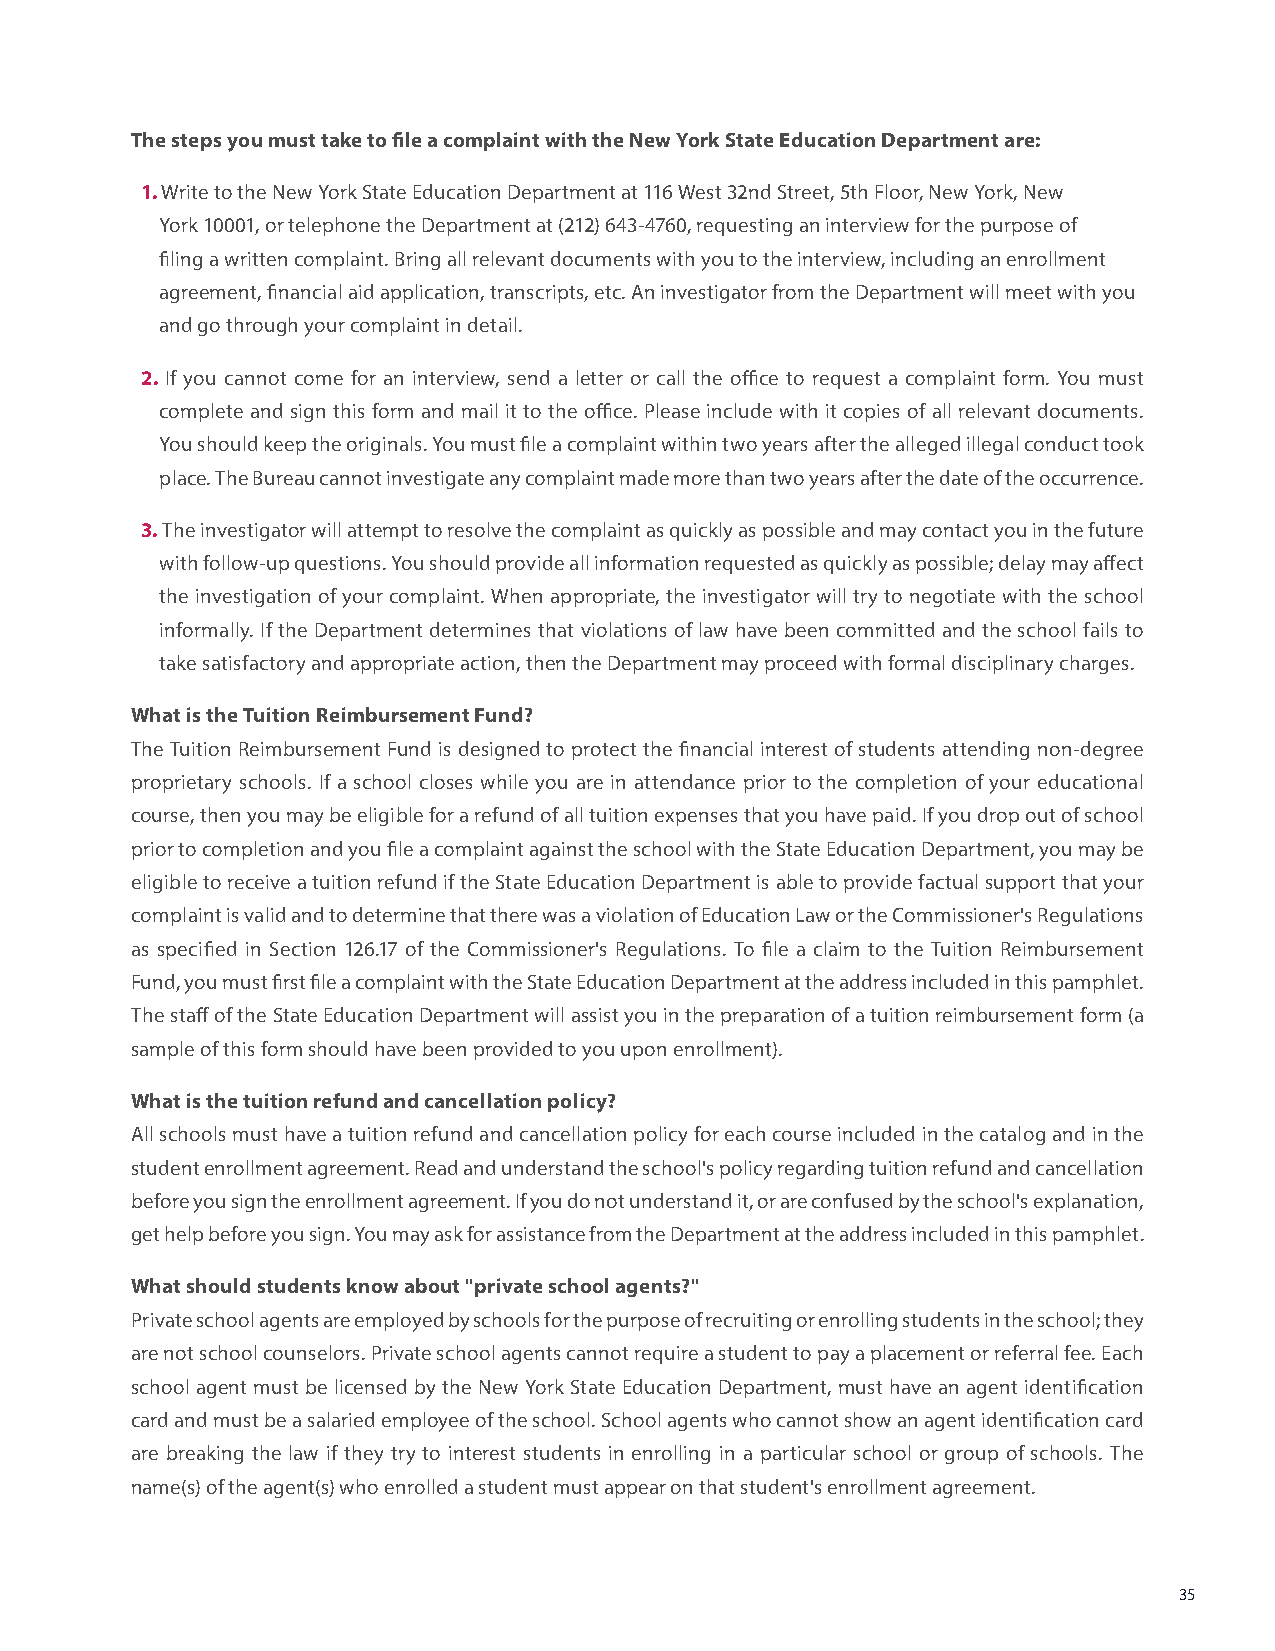
The steps you must take to file a complaint with the New York State Education Department are:
 1. Write to the New York State Education Department at 116 West 32nd Street, 5th Floor, New York, New
 York 10001, or telephone the Department at (212) 643-4760, requesting an interview for the purpose of
 filing a written complaint. Bring all relevant documents with you to the interview, including an enrollment
 agreement, financial aid application, transcripts, etc. An investigator from the Department will meet with you
 and go through your complaint in detail.
 2. If you cannot come for an interview, send a letter or call the office to request a complaint form. You must
 complete and sign this form and mail it to the office. Please include with it copies of all relevant documents.
 You should keep the originals. You must file a complaint within two years after the alleged illegal conduct took
 place. The Bureau cannot investigate any complaint made more than two years after the date of the occurrence.
 3. The investigator will attempt to resolve the complaint as quickly as possible and may contact you in the future
 with follow-up questions. You should provide all information requested as quickly as possible; delay may affect
 the investigation of your complaint. When appropriate, the investigator will try to negotiate with the school
 informally. If the Department determines that violations of law have been committed and the school fails to
 take satisfactory and appropriate action, then the Department may proceed with formal disciplinary charges.
 What is the Tuition Reimbursement Fund?
 The Tuition Reimbursement Fund is designed to protect the financial interest of students attending non-degree
 proprietary schools. If a school closes while you are in attendance prior to the completion of your educational
 course, then you may be eligible for a refund of all tuition expenses that you have paid. If you drop out of school
 prior to completion and you file a complaint against the school with the State Education Department, you may be
 eligible to receive a tuition refund if the State Education Department is able to provide factual support that your
 complaint is valid and to determine that there was a violation of Education Law or the Commissioner's Regulations
 as specified in Section 126.17 of the Commissioner's Regulations. To file a claim to the Tuition Reimbursement
 Fund, you must first file a complaint with the State Education Department at the address included in this pamphlet.
 The staff of the State Education Department will assist you in the preparation of a tuition reimbursement form (a
 sample of this form should have been provided to you upon enrollment).
 What is the tuition refund and cancellation policy?
 All schools must have a tuition refund and cancellation policy for each course included in the catalog and in the
 student enrollment agreement. Read and understand the school's policy regarding tuition refund and cancellation
 before you sign the enrollment agreement. If you do not understand it, or are confused by the school's explanation,
 get help before you sign. You may ask for assistance from the Department at the address included in this pamphlet.
 What should students know about "private school agents?"
 Private school agents are employed by schools for the purpose of recruiting or enrolling students in the school; they
 are not school counselors. Private school agents cannot require a student to pay a placement or referral fee. Each
 school agent must be licensed by the New York State Education Department, must have an agent identification
 card and must be a salaried employee of the school. School agents who cannot show an agent identification card
 are breaking the law if they try to interest students in enrolling in a particular school or group of schools. The
 name(s) of the agent(s) who enrolled a student must appear on that student's enrollment agreement.
 35